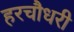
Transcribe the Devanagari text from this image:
हरचौधरी